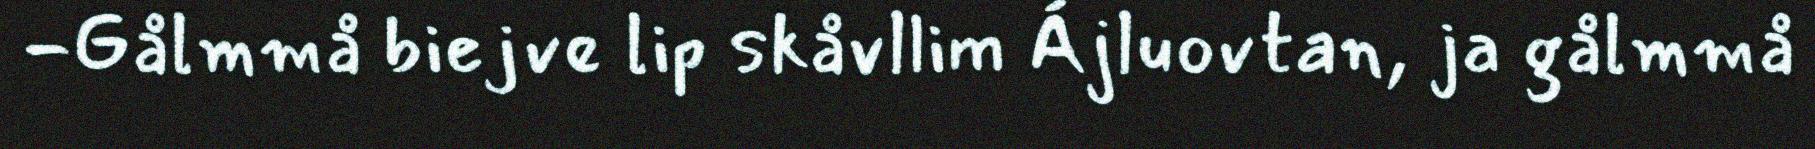
-Gålmmå biejve lip skåvllim Ájluovtan, ja gålmmå